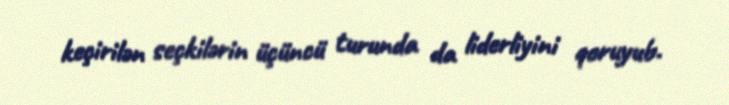
keçirilən seçkilərin üçüncü turunda da liderliyini qoruyub.